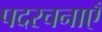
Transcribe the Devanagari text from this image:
पदरचनाएँ